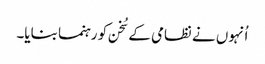
اُنہوں نے نظامی کے سُخن کو رہنما بنایا۔